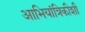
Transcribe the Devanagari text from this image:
आभियांत्रिकीशी